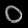
Digit: ၀